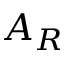
A _ { R }